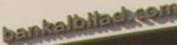
bankalbilaskom